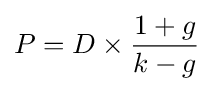
P=D\times {\frac {1+g}{k-g}}